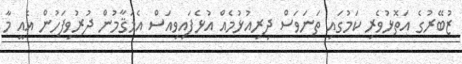
ޒުބޭރުގެ އަތޮޅުވެރި ކަމުގައި ތަނަވަސް ދިރިއުޅުމެއް އުޅެފައިވިއަސް އެމަޤާމުން ދުރުވިފަހުން އެއީ މާ